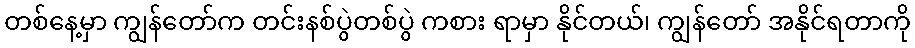
တစ်နေ့မှာ ကျွန်တော်က တင်းနစ်ပွဲတစ်ပွဲ ကစား ရာမှာ နိုင်တယ်၊ ကျွန်တော် အနိုင်ရတာကို